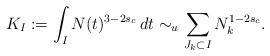
LaTeX: \begin{align*}K_I:=\int_I N(t)^{3-2s_c}\,dt\sim_u \sum_{J_k\subset I} N_k^{1-2s_c}.\end{align*}